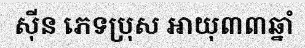
ស៊ីន ភេទប្រុស អាយុ៣៣ឆ្នាំ